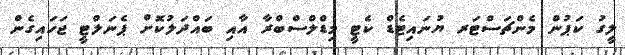
ލީގު ކަޕުން މެންޗަސްޓަރ ޔުނައިޓެޑް ކެޓީ މިޑްލްސްބްރާ އާއި ބައްދަލުކޮށް ޕެނަލްޓީ ޖަަހައިގެން